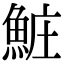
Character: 𬵐